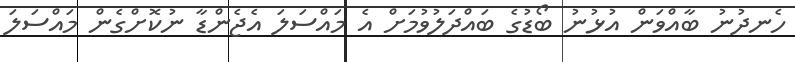
ހެނދުނު ބާއްވަން އުޅުނު ބޯޑުގެ ބައްދަލުވުމަށް އެ މައްސަލަ އެޖެންޑާ ނުކޮށްގެން މައްސަލަ